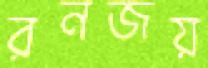
রনজয়